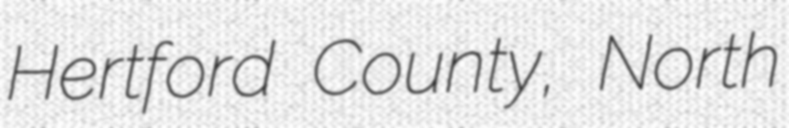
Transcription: Hertford County, North